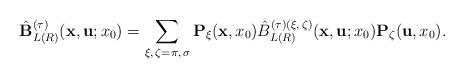
LaTeX: \begin{align*}\hat{\bf B}_{L (R)}^{(\tau)} ({\bf x}, {\bf u}; x_0) = \sum_{\xi, \, \zeta = \pi, \, \sigma} {\bf P}_\xi ({\bf x}, x_0) \hat{B}_{L (R)}^{(\tau) ( \xi, \, \zeta )} ({\bf x}, {\bf u}; x_0) {\bf P}_\zeta ({\bf u}, x_0) .\end{align*}